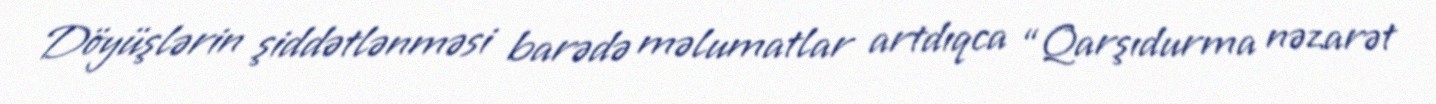
Döyüşlərin şiddətlənməsi barədə məlumatlar artdıqca “Qarşıdurma nəzarət